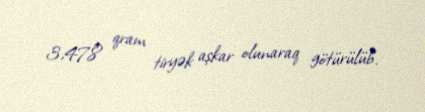
3,478 qram tiryək aşkar olunaraq götürülüb.